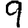
Digit: 9